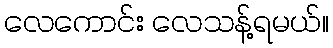
လေကောင်း လေသန့်ရမယ်။